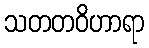
သတတဝိဟာရာ